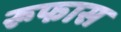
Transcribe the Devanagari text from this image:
रूफास